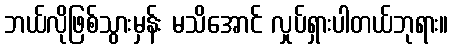
ဘယ်လိုဖြစ်သွားမှန်း မသိအောင် လှုပ်ရှားပါတယ်ဘုရား။